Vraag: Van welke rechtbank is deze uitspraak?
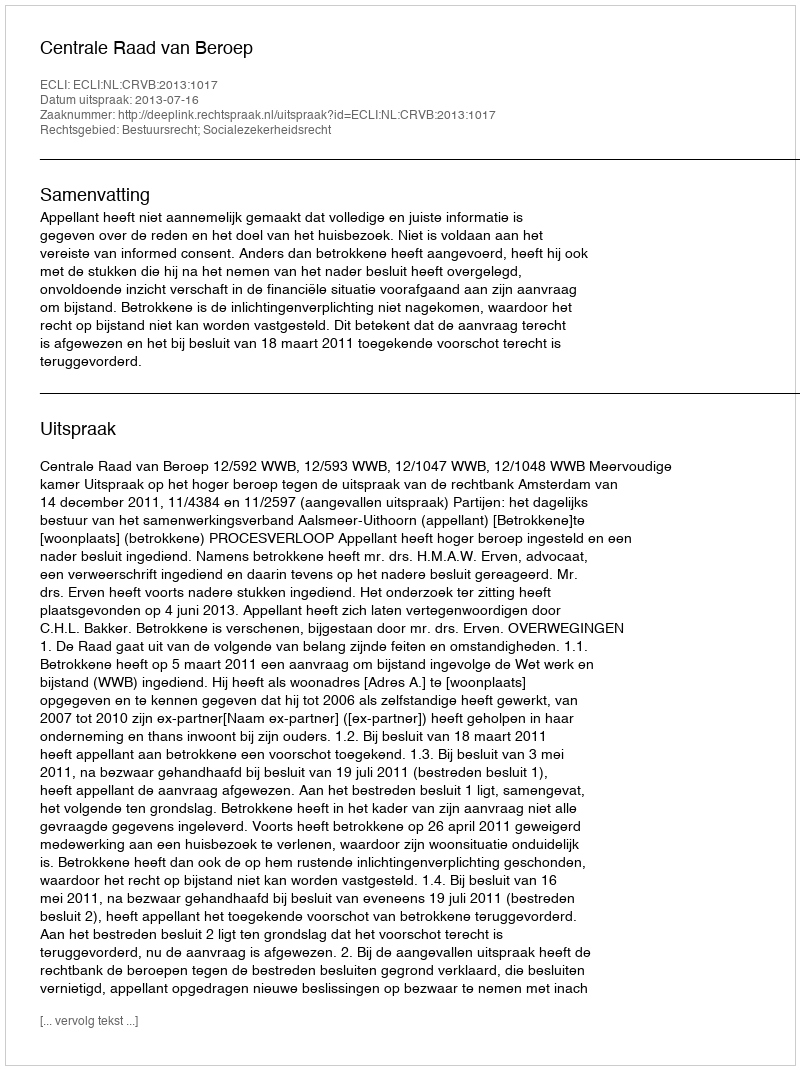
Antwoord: Centrale Raad van Beroep